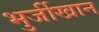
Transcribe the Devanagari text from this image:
भुर्जीखान